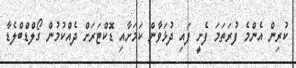
ކުރިން އެންމެ ފުރަތަމަ ފެށީ ފައި ދުޅަވާން ކަމަށާއި ޑޮކްޓަރަށް ދެއްކުމުން ގޯލްޑްބްލެޑާ